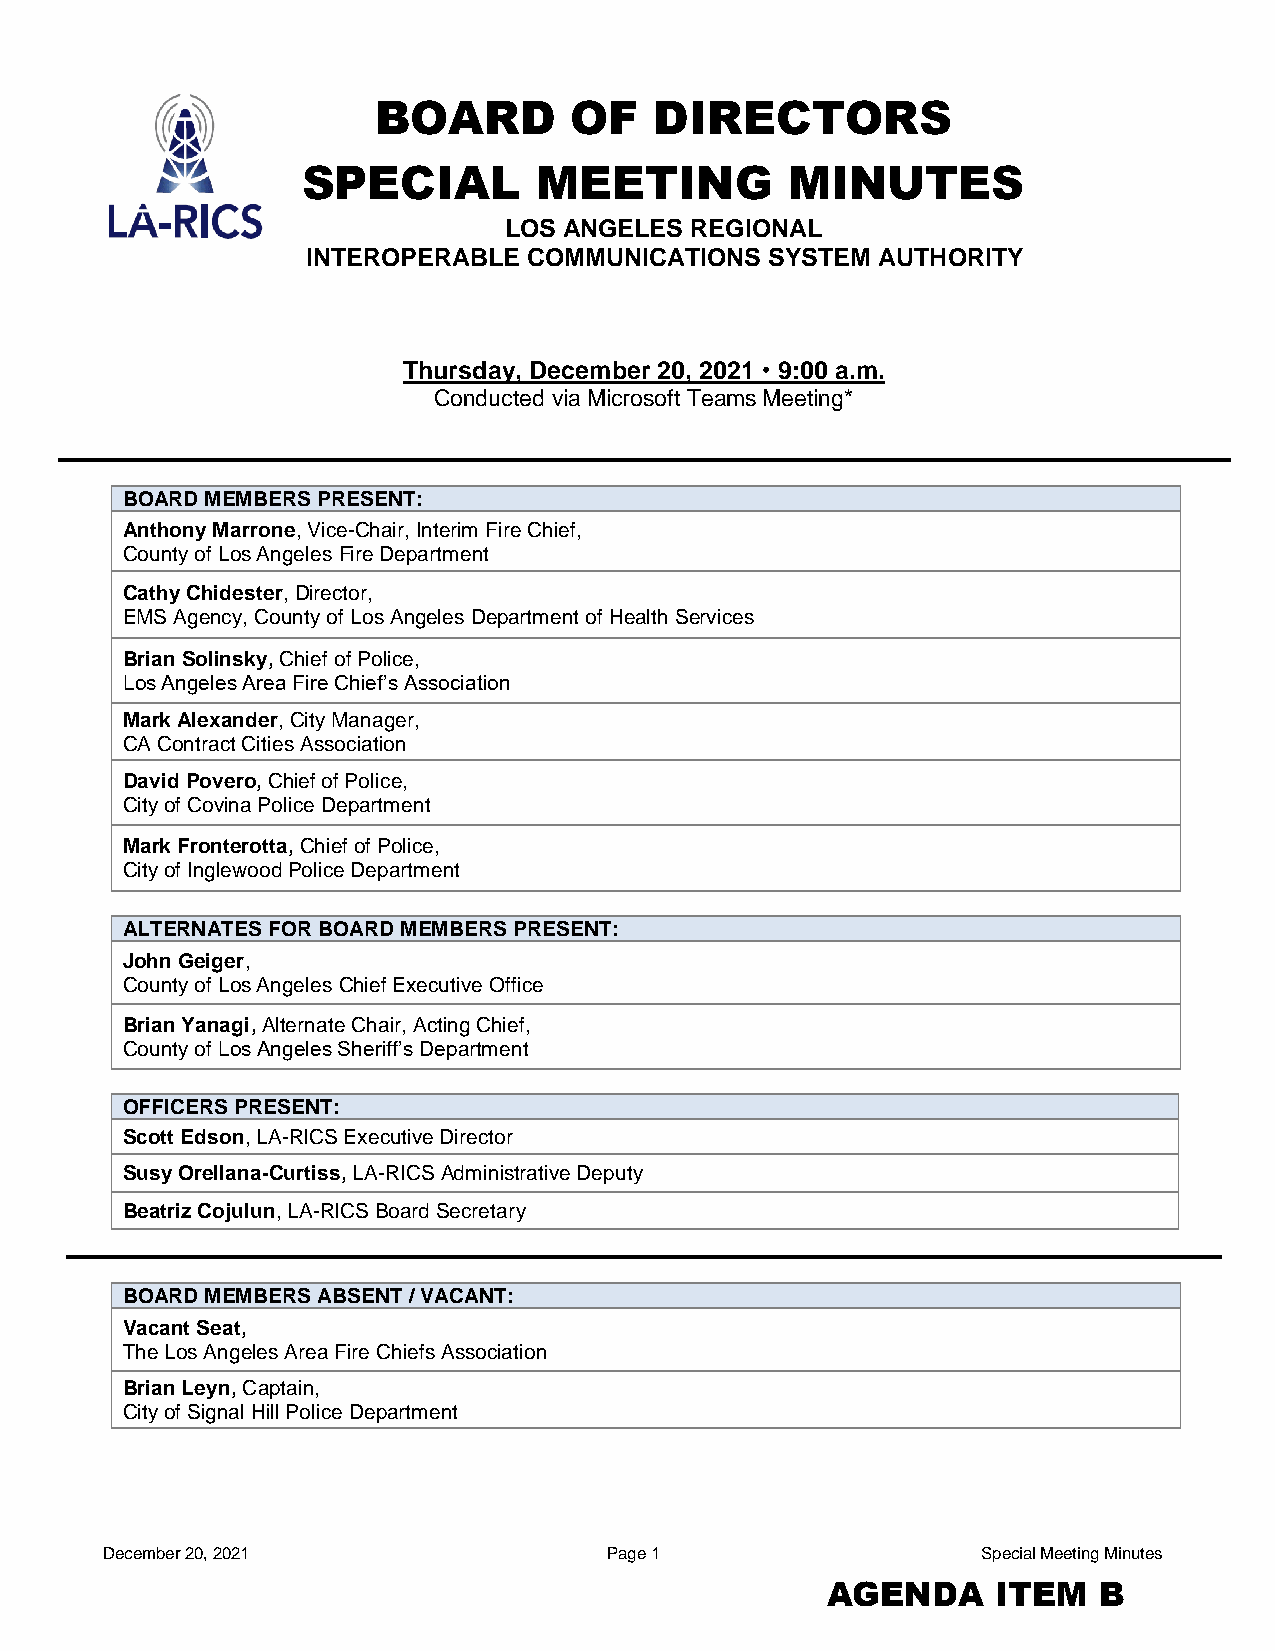
BOARD        OF   DIRECTORS
 SPECIAL        MEETING          MINUTES
 LOS ANGELES  REGIONAL
 INTEROPERABLE  COMMUNICATIONS  SYSTEM AUTHORITY
 Thursday, December 20, 2021  9:00 a.m.
 Conducted via Microsoft Teams Meeting*
 BOARD MEMBERS PRESENT:
 Anthony Marrone, Vice-Chair, Interim Fire Chief,
 County of Los Angeles Fire Department
 Cathy Chidester, Director,
 EMS Agency, County of Los Angeles Department of Health Services
 Brian Solinsky, Chief of Police,
 Los Angeles Area Fire Chief’s Association
 Mark Alexander, City Manager,
 CA Contract Cities Association
 David Povero, Chief of Police,
 City of Covina Police Department
 Mark Fronterotta, Chief of Police,
 City of Inglewood Police Department
 ALTERNATES FOR BOARD MEMBERS PRESENT:
 John Geiger,
 County of Los Angeles Chief Executive Office
 Brian Yanagi, Alternate Chair, Acting Chief,
 County of Los Angeles Sheriff’s Department
 OFFICERS PRESENT:
 Scott Edson, LA-RICS Executive Director
 Susy Orellana-Curtiss, LA-RICS Administrative Deputy
 Beatriz Cojulun, LA-RICS Board Secretary
 BOARD MEMBERS ABSENT / VACANT:
 Vacant Seat,
 The Los Angeles Area Fire Chiefs Association
 Brian Leyn, Captain,
 City of Signal Hill Police Department
 December 20, 2021                Page 1                   Special Meeting Minutes
 AGENDA     ITEM   B